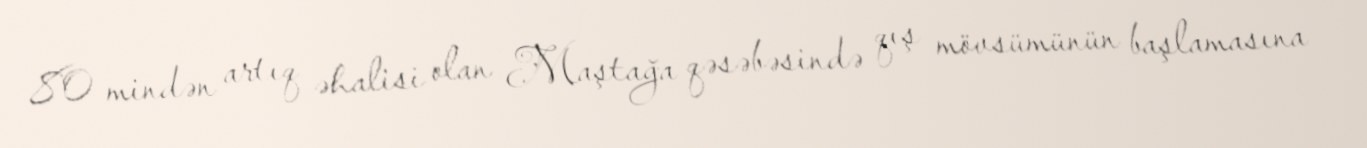
80 mindən artıq əhalisi olan Maştağa qəsəbəsində qış mövsümünün başlamasına